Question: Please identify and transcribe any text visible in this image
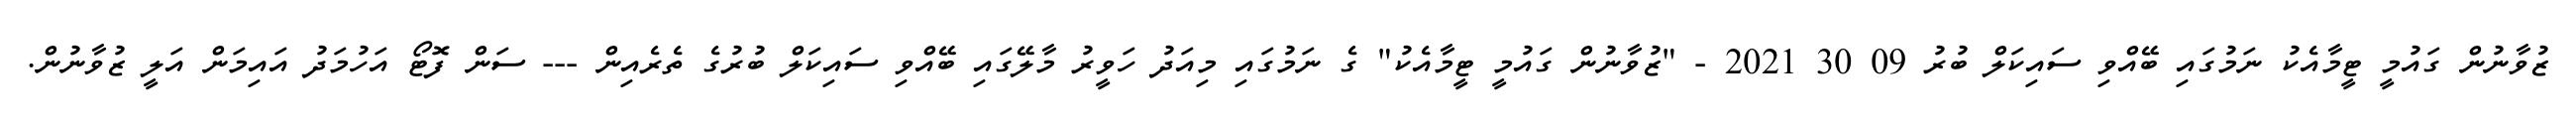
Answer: ޒުވާނުން ގައުމީ ޓީމާއެކު ނަމުގައި ބޭއްވި ސައިކަލް ބުރު 09 30 2021 - "ޒުވާނުން ގައުމީ ޓީމާއެކު" ގެ ނަމުގައި މިއަދު ހަވީރު މާލޭގައި ބޭއްވި ސައިކަލް ބުރުގެ ތެރެއިން --- ސަން ފޮޓޯ އަހުމަދު އައިމަން އަލީ ޒުވާނުން.